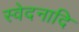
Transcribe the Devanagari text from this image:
स्वेदनादि